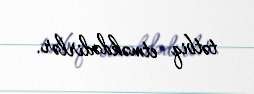
tətbiq etməkdədirlər.